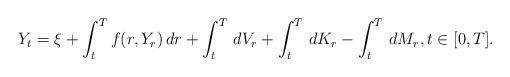
LaTeX: \begin{align*}Y_t=\xi +\int_t^{T}f(r,Y_r)\,dr+\int_t^{T}\,dV_r+\int_t^{T}\,dK_r-\int_t^{T}\,dM_r,t\in [0,T].\end{align*}